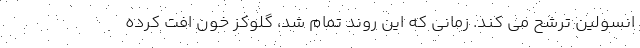
انسولین ترشح می کند. زمانی که این روند تمام شد، گلوکز خون افت کرده